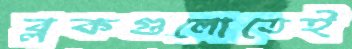
ব্লকগুলোতেই